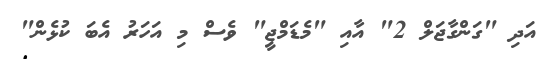
އަދި "ގަންގާޖަލް 2" އާއި "މެޑަމްޖީ" ވެސް މި އަހަރު އެބަ ކުޅެން"